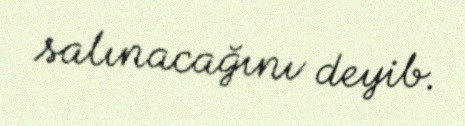
salınacağını deyib.